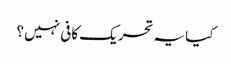
کیا یہ تحریک کافی نہیں ؟